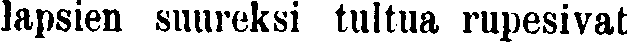
lapsien suureksi tultua rupesivat